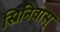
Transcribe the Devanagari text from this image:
स्रिनिवास्